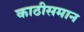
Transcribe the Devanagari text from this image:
काठीसमान